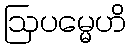
ဩပမ္မေဟိ